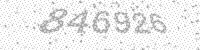
Solution: 846926